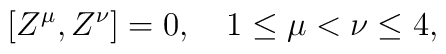
[Z^{\mu},Z^{\nu}]=0, \quad 1\leq \mu < \nu \leq 4,